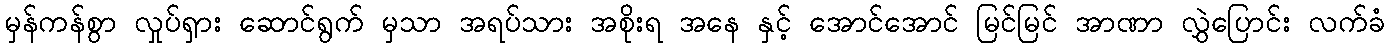
မှန်ကန်စွာ လှုပ်ရှား ဆောင်ရွက် မှသာ အရပ်သား အစိုးရ အနေ နှင့် အောင်အောင် မြင်မြင် အာဏာ လွှဲပြောင်း လက်ခံ